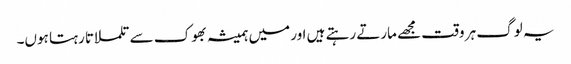
یہ لوگ ہر وقت مجھے مارتے رہتے ہیں اور میں ہمیشہ بھوک سے تلملاتا رہتا ہوں۔